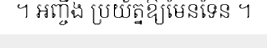
។ អញ្ចឹង ប្រយ័ត្នឱ្យមែនទែន ។